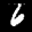
Label: 6